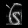
Digit: ၆